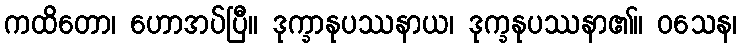
ကထိတော၊ ဟောအပ်ပြီ။ ဒုက္ခာနုပဿနာယ၊ ဒုက္ခနုပဿနာ၏။ ဝသေန၊